Report on horse surra - Volume I
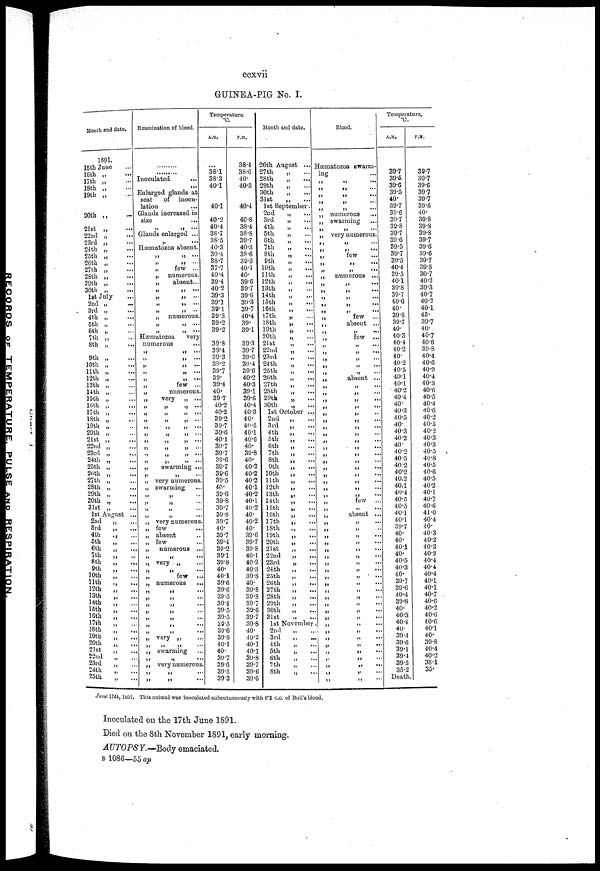
ccxvii
GUINEA-PIG No. I.
Month and date.
1891.
15th June
16th „
17th „
18th „
19th „
20th „
21st „
22nd „
23rd „
24th „
25th „
26th „
27th „
28th
29th „
30th „
1st July
2nd „
—
3rd „
4th „
5th „
6th
7th „
8th „
9th „
10th „
11th „
12th „
13th „
14th „
15th „
16th ,.
17th „
18th „
19th „
20th „
21st
22nd „
23rd „
24th „
25th „
26th „
27th
28th „
29th „
30th „
31st „
1st August ...
2nd
„
...
3rd
„
...
4th
.,
5th
6th
„
...
7th „ ....
8th
9th
10th
11th
.,
12th
„
...
13th
„
14th
„
15th
16th
17th
„
18th
„
19th
„
20th
21st
22nd
23rd
„
24th
„
25th
...
Examination of blood.
.......
.......
Inoculated
...
...
Enlarged glands at
seat
of inocu-
lation
...
Glands increased in
size
Glands enlarged ...
„ ...
Hæmatozoa absent.
„ „ ...
„ „ ...
„
few ...
„ numerous.
„
absent...
„ „ ...
„ „ ...
„ „ ....
„ „
„ numerous.
„ „ ...
„ „ ....
Hæmatozoa
very
numerous
„ „ ...
„ „ ....
„ „ ....
„ „ ...
„ „ ....
„
few ...
„
numerous.
„
very „ ...
„ „ „ ....
„ „ „ ...
„
„
„
....
„
„
„
....
„
„
„
„
„
„
...
„
„
„
„
„
„
...
„
„
„
....
„
swarming ...
„
„
„ very numerous.
„ swarming
„
„
„ „ ...
„
„
„
„
...
„ very numerous.
„ few
„ absent
„ few
„
numerous ..
„
„
....
„ very
„
„
....
„
few ..
„ numerous
„
„
...
„
„
...
„
„
...
„
„
„
„
....
„ „ ...
„
„
...
„ very „
„
„
„
„ swarming
„
„
....
„ very numerous.
„
„
....
„ „ ....
Temperature.
°C.
A.M.
...
38.1
38.3
40.1
40.1
40.2
40.4
38.7
38.5
40.3
39.4
38.7
37.7
40.4
39.4
40.2
39.3
39.1
39.1
39.3
39.2
39.2
39.8
39.4
39.3
39.2
39.7
39.
39.4
40.
39.7
40.2
40.2
39.2
39.7
39.6
40.1
39.7
39.7
39.6
39.7
39.6
39.5
40.
39.6
39.8
39.7
39.8
39.7
40.
39.7
39.4
39.2
39.1
39.8
40.
40.1
39.6
39.6
39.5
39.4
39.5
39.5
39.5
39.6
39.8
40.1
40.
39.7
39.6
39.5
39.3
P.M.
38.4
38.6
40.
40.3
40.4
40.8
38.4
38.8
39.7
40.3
38.6
39.5
40.1
40.
39.6
39.7
39.6
39.3
39.7
40.4
39.
39.1
39.3
39.7
39.6
39.4
39.6
40.2
40.3
39.1
39.6
40.4
40.3
40.
40.6
40.1
40.6
40.
39.8
40.
40.2
40.2
40.2
40.1
40.2
40.1
40.2
40.
40.2
40.
39.6
39.7
39.8
40.1
40.2
40.3
39.8
40.
39.8
39.8
39.7
39.6
39.7
39.8
40.
40.2
40.1
40.1
39.8
39.7
39.6
39.6
Month and date.
26th August ...
27th
28th
29th
30th
31st
„
...
„
....
„
...
„
....
..
...
1st September.
2nd
3rd
4th
5th
6th
7th
8th
9th
10th
11th
12th
13th
14th
15th
16th
17th
18th
19th
20th
21st
22nd
23rd
24th
25th
26th
27th
28th
29th
30th
„
....
„
....
„
....
„
„
....
„
....
„ ...
„
...
„
....
„
....
„
....
„
....
„ ...
„
....
„
...
„
„
...
„
....
„
....
„
...
„ ....
„
...
„
....
„
...
„
....
„
....
„
....
„ ....
„
...
1st October ...
2nd
3rd
4th
5th
6th
7th
8th
9th
10th
11th
12th
13th
14th
15th
16th
17th
18th
19th
20th
21st
22nd
23rd
24th
25th
26th
27th
28th
29th
30th
31st
„ ....
„ ....
„ ....
„
...
„
....
„
...
„
....
„
...
„
....
„ ....
„ .....
„ ....
„ .....
„
....
„
....
„ ....
„ ....
„
...
„
....
...
„ ....
„
...
„
...
„
...
„ ....
„
...
1st November
2nd
3rd
4th
5th
6th
7th
8th
„
„ ....
„
....
„
„
Blood.
Hæmatozoa swarm-
ing
„
„
„
„
„
„
„
„
„
„
„
„
„
„
„
„
„
„
„
„
„
„
„
„
„
„
„
„
„
„
„
„
„
....
„
....
numerous
...
swarming
very numerous.
„ .....
few
numerous ...
„ .....
few
absent ...
few ...
absent ...
.....
...
„ ....
„
„
...
...
...
„
...
„
„
....
„
...
„
....
few
„
...
absent ...
„
....
„
. ..
„
...
„
...
„
...
„
...
„
....
„ ....
„
....
„
...
„
...
„
....
„
....
„ ....
„
....
„
...
„
...
„
...
„ ....
„
....
„ ...
„ ....
„
...
„
Temperature.
°C
A.M.
39.7
39.5
39.6
39.5
40.
39.7
39.6
39.7
39.8
39.7
39.6
39.5
39.7
39.5
40.4
39.5
40.1
39.8
39.7
40.6
40.
39.8
39.7
40.
40.3
40.4
40.2
40.
40.2
40.5
40.1
40.1
40.
40.4
40.
40.3
40.5
40.
40.3
40.2
40.
40.2
40 5
40 2
40.2
40.2
40.1
40.4
40.5
40.5
40.1
40.1
39.7
40.
40.
40.1
40.
40.5
40.3
40.
39.7
39.6
40.4
39.8
40.
40.3
40.4
40.
39.4
39.6
39.1
39.4
39.3
35.2
Death.
P.M.
39.7
39.7
39.6
39.7
39.7
39.8
40.
39.8
39.8
39.8
39.7
39.6
39.6
39.7
39.8
30.7
40.2
39.3
40.7
40.2
40.1
43.
39.7
40.
40.7
40.6
39.8
40.4
40.6
40.9
40.4
40.3
40.6
40.5
40.4
40.6
40.2
40.5
40.2
40.3
40.3
40.5
40.8
40.5
40.6
40.5
40.2
40.1
40.7
40.6
41.0
40.4
40.
40.3
40.2
40.3
40.2
40.4
40.4
40.4
40.1
40.1
40.7
40.6
40.2
40.6
40.6
40.1
40.
39.8
40.4
40.2
38.1
35.
June 17th, 1891. This animal was inoculated subcutaneously with 0.2 c.c. of Bull's blood.
Inoculated on the 17th June 1891.
Died on the 8th November 1891, early morning.
AUTOPSY.—Body emaciated.
B 1086—55 ap